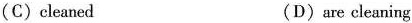
(C) cleaned (D) are cleaning